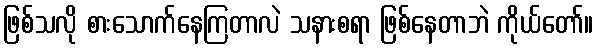
ဖြစ်သလို စားသောက်နေကြတာလဲ သနားစရာ ဖြစ်နေတာဘဲ ကိုယ်တော်။